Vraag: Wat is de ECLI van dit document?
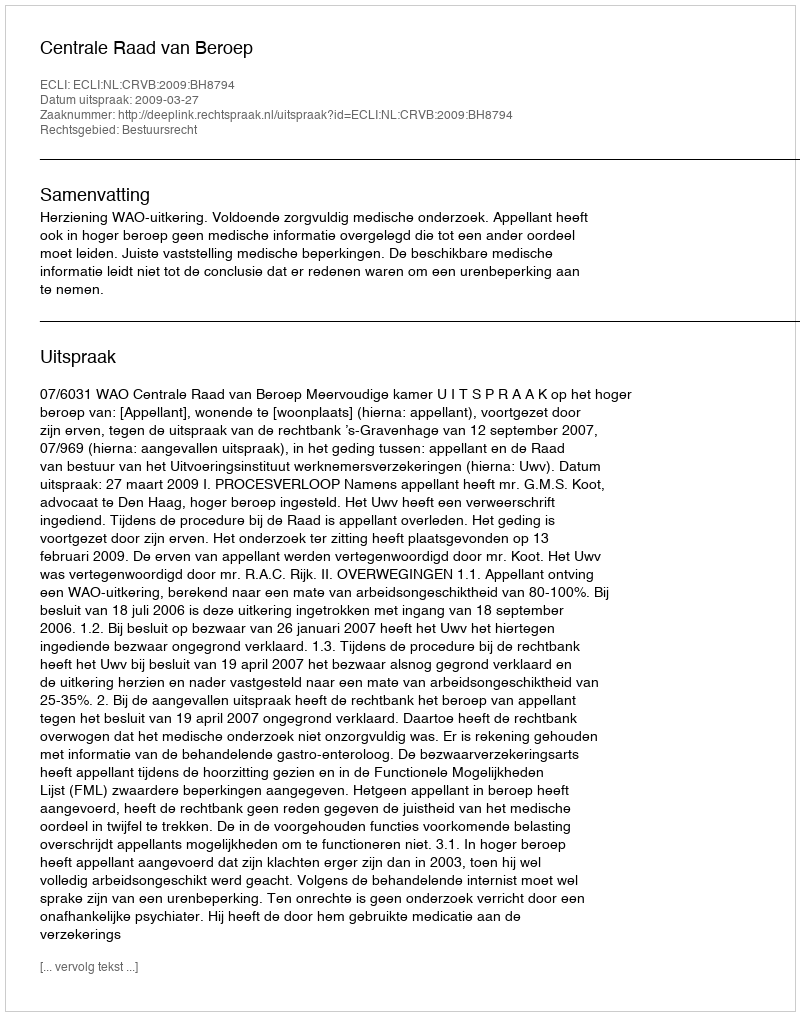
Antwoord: ECLI:NL:CRVB:2009:BH8794